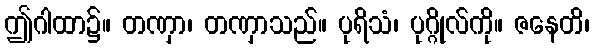
ဤဂါထာ၌။ တဏှာ၊ တဏှာသည်။ ပုရိသံ၊ ပုဂ္ဂိုလ်ကို။ ဇနေတိ၊